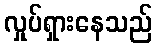
လှုပ်ရှားနေသည်